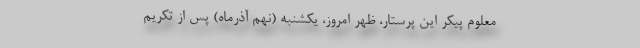
معلوم پیکر این پرستار، ظهر امروز، یکشنبه (نهم آذرماه) پس از تکریم